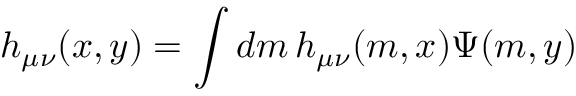
h _ { \mu \nu } ( x , y ) = \int d m \, h _ { \mu \nu } ( m , x ) \Psi ( m , y )